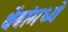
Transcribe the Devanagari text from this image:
थेंबांमध्ये